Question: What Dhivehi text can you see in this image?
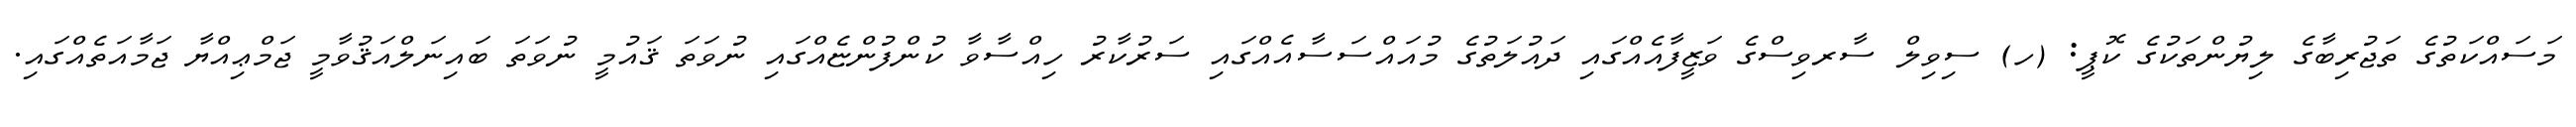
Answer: މަސައްކަތުގެ ތަޖުރިބާގެ ލިޔުންތަކުގެ ކޮޕީ: (ހ) ސިވިލް ސާރވިސްގެ ވަޒީފާއެއްގައި ދައުލަތުގެ މުއައްސަސާއެއްގައި ސަރުކާރު ހިއްސާވާ ކުންފުންޏެއްގައި ނުވަތަ ޤައުމީ ނުވަތަ ބައިނަލްއަޤުވާމީ ޖަމްޢިއްޔާ ޖަމާއަތެއްގައި.